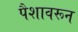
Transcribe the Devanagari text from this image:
पैशावरून